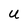
Character: U